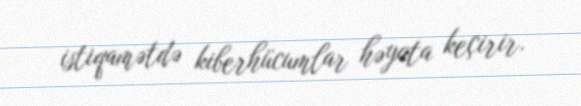
istiqamətdə kiberhücumlar həyata keçirir.